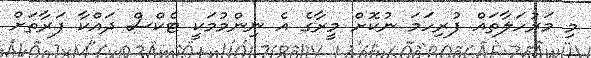
މި މަރުހަލާތައް ފުރިހަމަ ނުކޮށް މީރާގެ އެ ނިންމުމަކީ ޓެކްސް ދައްކާ ފަރާތަށް